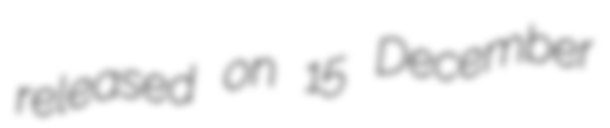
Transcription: released on 15 December